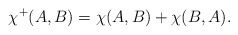
\begin{align*} \chi^+(A,B)=\chi(A,B)+\chi(B,A).\end{align*}